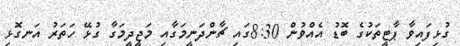
ގުޅިފައިވާ ޕާޓީތަކުގެ ބޮޑު އެއްވުން 8:30ގައި ޗާންދަނީމަގާއި މަޖީދީމަގާ ގުޅޭ ހަތަރު އަނގޮޅި